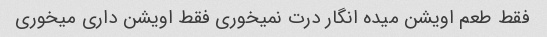
فقط طعم اویشن میده انگار درت نمیخوری فقط اویشن داری میخوری